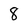
Character: 8